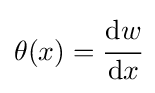
\theta (x)={\cfrac {\mathrm {d} w}{\mathrm {d} x}}